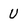
Character: U